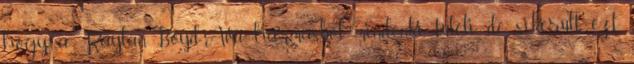
hogy a Raylan-Boyd-Ava hármasból mindenki túléli, de sikerült ezt